Senior Leaving Certificate Examination (including Day School Certificate (Higher) General paper), 1947
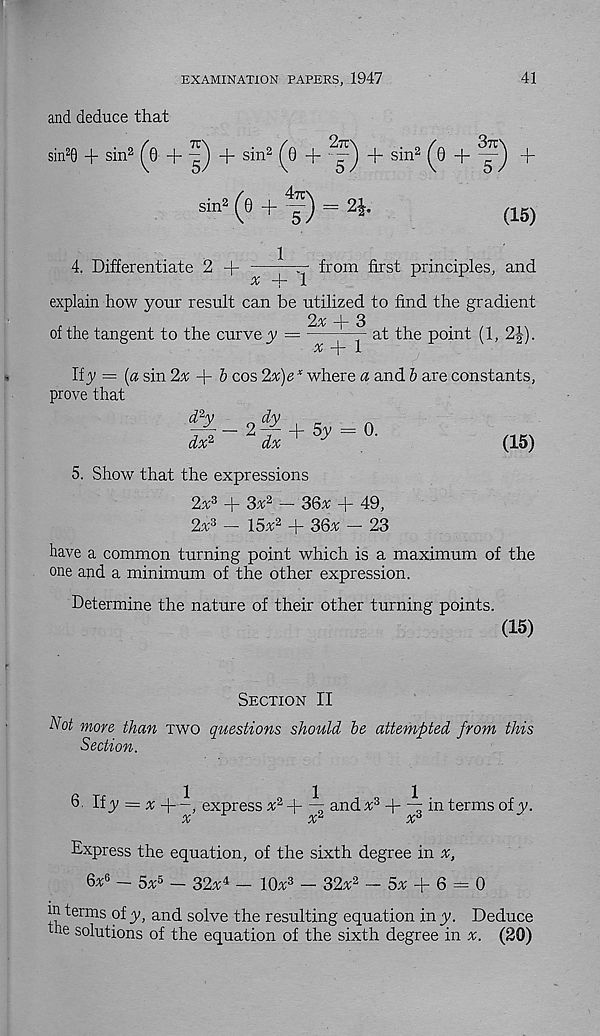
EXAMINATION PAPERS, 1947
41
and deduce that
sin 2 0 + sin 2 (q + ^) + sin 2 (d +
+ sin 2 (Q +
+
4. Differentiate 2 +
sin 2 (0 +
= 2|.
1
(15)
from first principles, and
x
1
explain how your result can be utilized to find the gradient
2% -j- 3
of the tangent to the curve y =
. at the point (1, 2|).
x —j - 1
Ify = (a sin 2^ + 5 cos 2%)e* where a and 6 are constants,
prove that
(15)
5. Show that the expressions
2x 3 + 3* 2 - S6x + 49,
2% 3 - I5x 2 + 36x - 23
have a common turning point which is a maximum of the
one ajid a minimum of the other expression.
Determine the nature of their other turning points.
(15)
Section II
Not more than two questions should he attempted from this
Section.
6. If y = x
express ^2 + ^7 and^3 + "4 in terms ofy.
x
x*
x A
Express the equation, of the sixth degree in
6* 6 - 5x 5 - 32% 4 - 10% 3 - 32% 2 - 5% + 6 - 0
in terms of y, and solve the resulting equation in y. Deduce
the solutions of the equation of the sixth degree in %. (20)